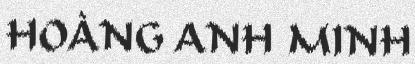
HOÀNG ANH MINH